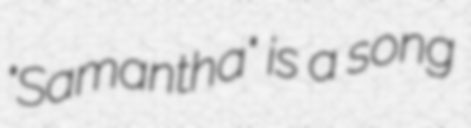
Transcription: "Samantha" is a song